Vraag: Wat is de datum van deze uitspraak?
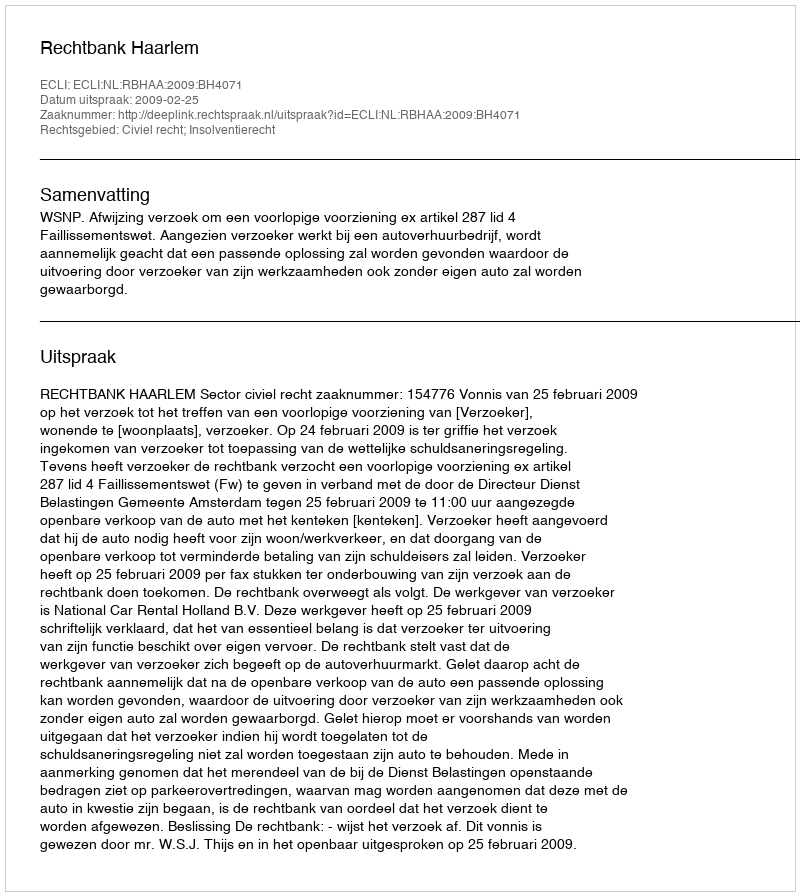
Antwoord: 2009-02-25